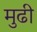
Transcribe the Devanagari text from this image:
मुढी